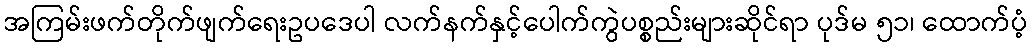
အကြမ်းဖက်တိုက်ဖျက်ရေးဥပဒေပါ လက်နက်နှင့်ပေါက်ကွဲပစ္စည်းများဆိုင်ရာ ပုဒ်မ ၅၁၊ ထောက်ပံ့